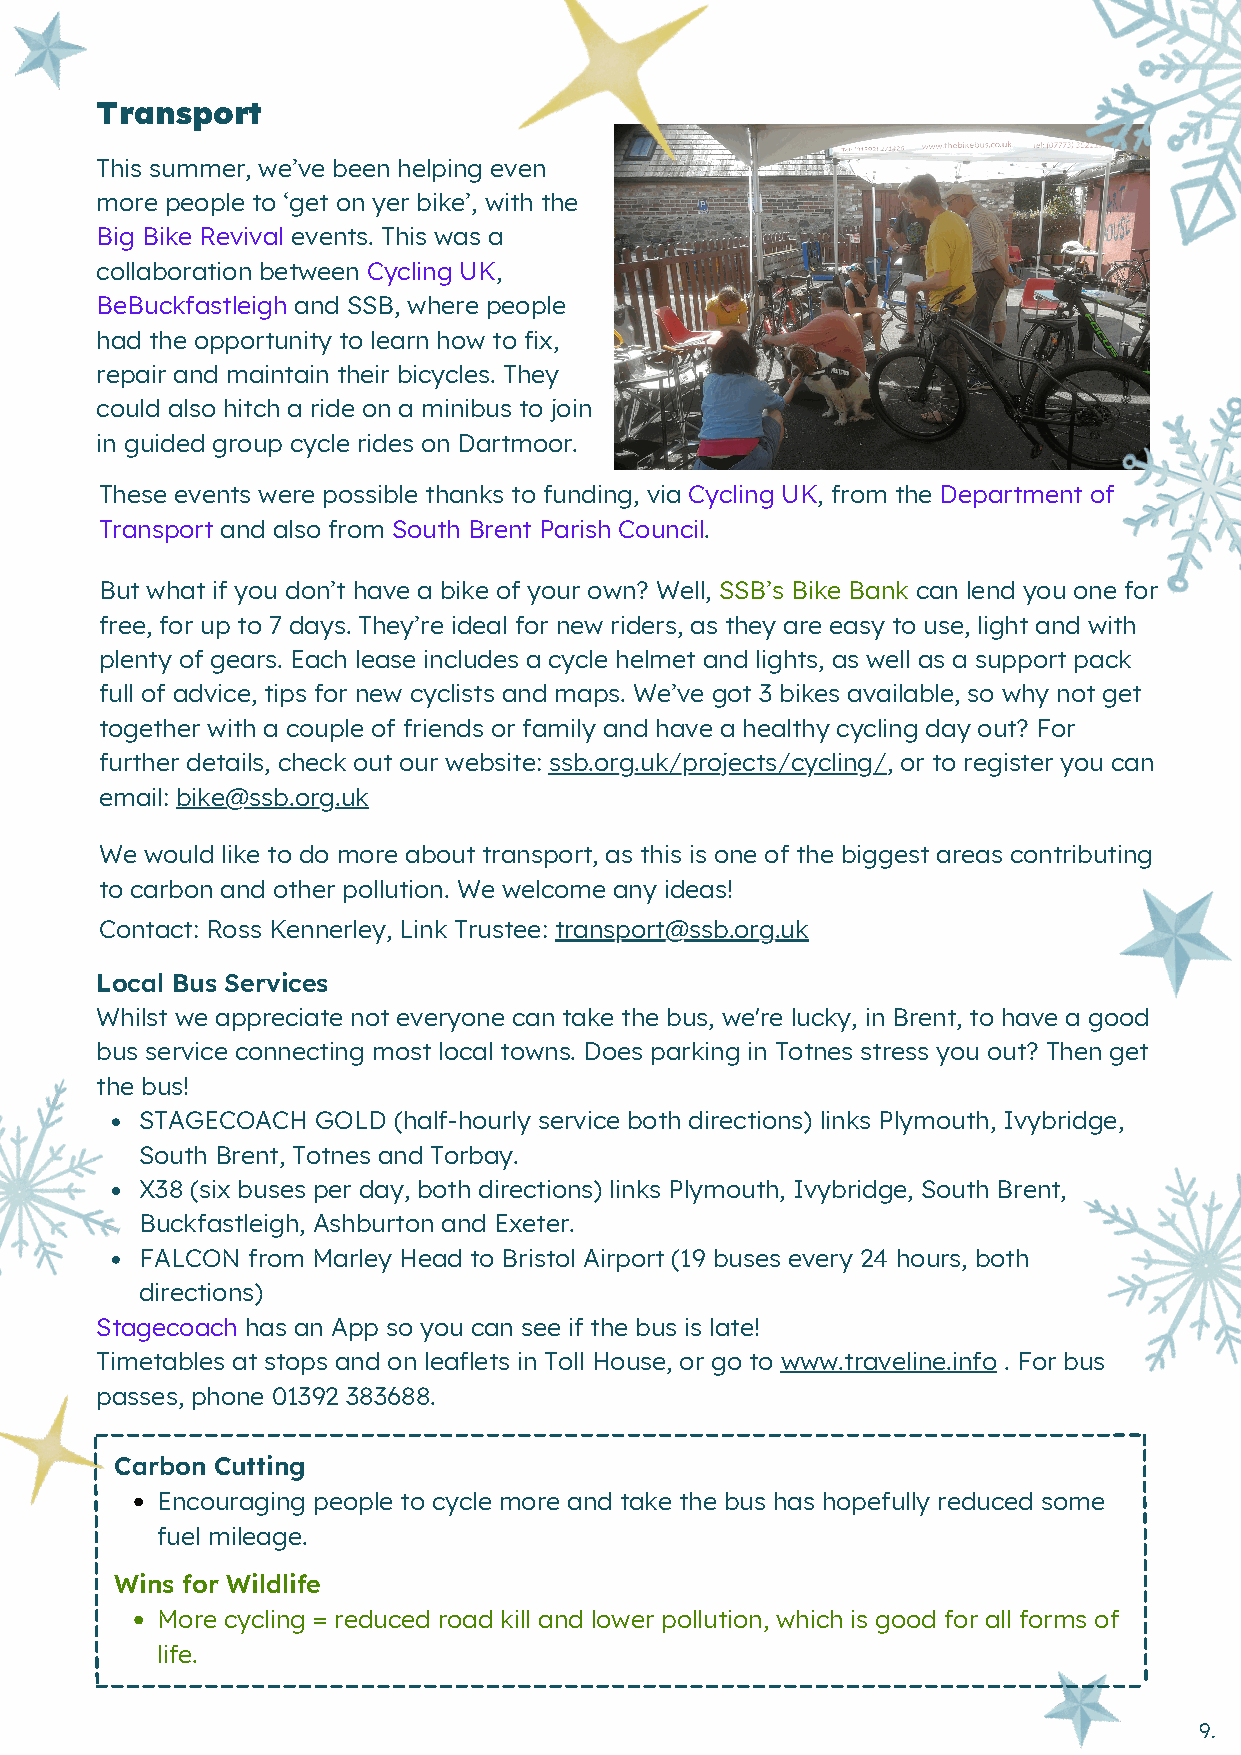
Transport
 This summer, we’ve been helping even
 more people to ‘get on yer bike’, with the
 Big Bike Revival events. This was a
 collaboration between Cycling UK,
 BeBuckfastleigh and SSB, where people
 had the opportunity to learn how to fix,
 repair and maintain their bicycles. They
 could also hitch a ride on a minibus to join
 in guided group cycle rides on Dartmoor.
 These events were possible thanks to funding, via Cycling UK, from the Department of
 Transport and also from South Brent Parish Council.
 But what if you don’t have a bike of your own? Well, SSB’s Bike Bank can lend you one for
 free, for up to 7 days. They’re ideal for new riders, as they are easy to use, light and with
 plenty of gears. Each lease includes a cycle helmet and lights, as well as a support pack
 full of advice, tips for new cyclists and maps. We’ve got 3 bikes available, so why not get
 together with a couple of friends or family and have a healthy cycling day out? For
 further details, check out our website: ssb.org.uk/projects/cycling/, or to register you can
 email: bike@ssb.org.uk
 We would like to do more about transport, as this is one of the biggest areas contributing
 to carbon and other pollution. We welcome any ideas!
 Contact: Ross Kennerley, Link Trustee: transport@ssb.org.uk
 Local Bus Services
 Whilst we appreciate not everyone can take the bus, we're lucky, in Brent, to have a good
 bus service connecting most local towns. Does parking in Totnes stress you out? Then get
 the bus!
 STAGECOACH  GOLD (half-hourly service both directions) links Plymouth, Ivybridge,
 South Brent, Totnes and Torbay.
 X38 (six buses per day, both directions) links Plymouth, Ivybridge, South Brent,
 Buckfastleigh, Ashburton and Exeter.
 FALCON from Marley Head to Bristol Airport (19 buses every 24 hours, both
 directions)
 Stagecoach has an App so you can see if the bus is late!
 Timetables at stops and on leaflets in Toll House, or go to www.traveline.info . For bus
 passes, phone 01392 383688.
 Carbon Cutting
 Encouraging people to cycle more and take the bus has hopefully reduced some
 fuel mileage.
 Wins for Wildlife
 More cycling = reduced road kill and lower pollution, which is good for all forms of
 life.
 9.